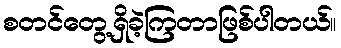
စတင်တွေ့ရှိခဲ့ကြတာဖြစ်ပါတယ်။